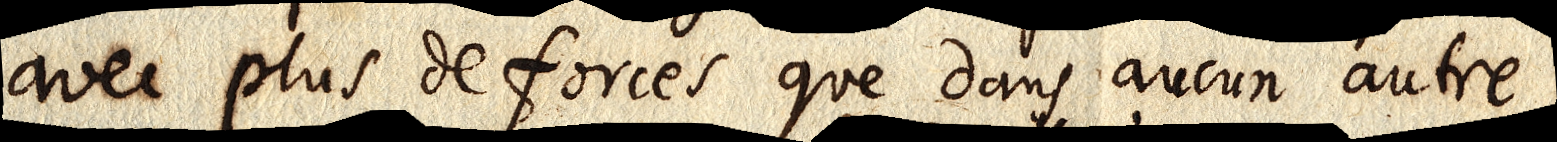
avec plus de forces que dans aucun autre.